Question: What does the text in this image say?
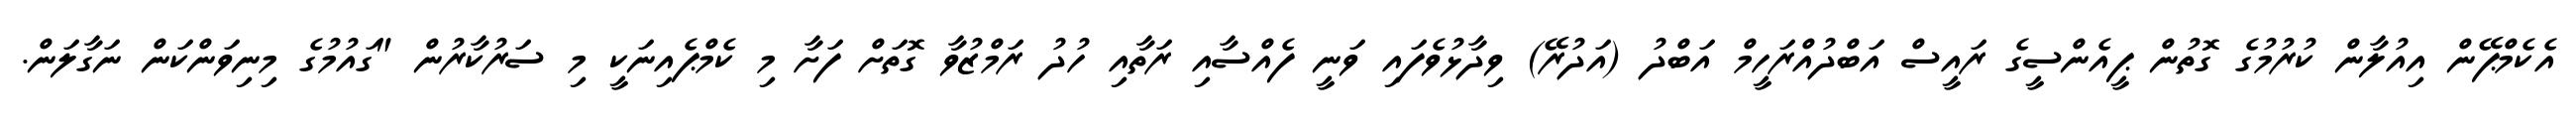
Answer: އެކެމްޕޭން އިއުލާން ކުރުމުގެ ގޮތުން ޕީއެންސީގެ ރައީސް އަބްދުއްރަހީމް އަބްދު (އަދުރޭ) ވިދާޅުވެފައި ވަނީ ފެއްސާއި ރަތާއި ހުދު ރަމްޒުވާ ގޮތަށް ފަށާ މި ކެމްޕެއިނަކީ މި ސަރުކާރުން "ގައުމުގެ މިނިވަންކަން ނަގާލަން.